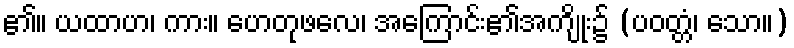
၏။ ယထာဟ၊ ကား။ ဟေတုဖလေ၊ အကြောင်း၏အကျိုး၌ (ပဝတ္တံ၊ သော။)